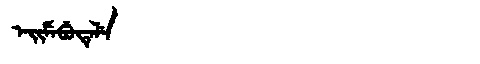
Manchu: ᡝᡳᠮᡝᠪᡠᡨᡝᠯᡝ
Romanization: EIMEBUTELE